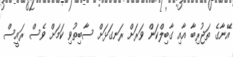
އޭނާގެ ތަޖުރިބާ އާއި ގާބިލްކަން ވަރަށް ރަނގަޅަށް ސާބިތުވި ކަމަށް ވެސް ރައީސް